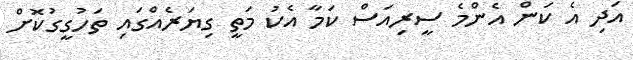
އަދި އެ ކަން އެންމެ ސީރިއަސް ކަމާ އެކު މަތީ ގިޔަރެއްގައި ތަހުގީގުކޮށް